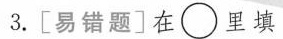
3.[易错题]在\circ 里填